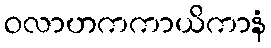
ဝလာဟကကာယိကာနံ